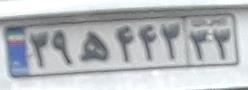
۳۹ه۴۴۳۳۳